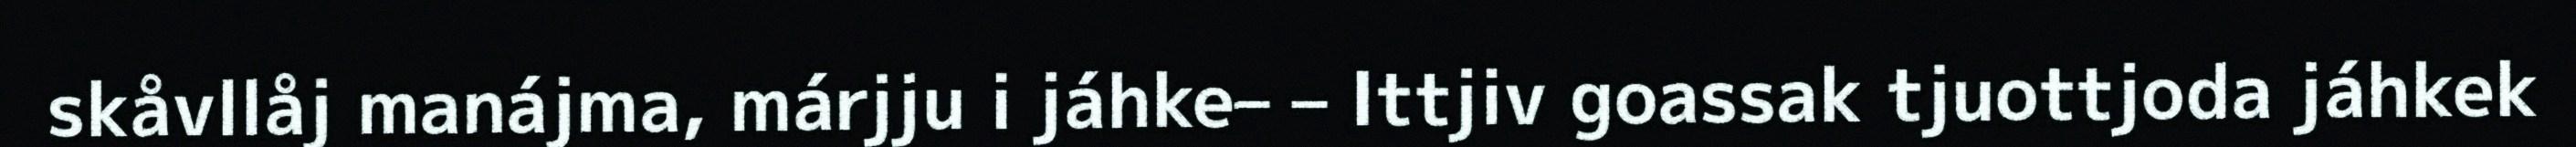
skåvllåj manájma, márjju i jáhke– – Ittjiv goassak tjuottjoda jáhkek